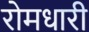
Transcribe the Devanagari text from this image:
रोमधारी